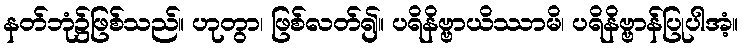
နတ်ဘုံ၌ဖြစ်သည်။ ဟုတွာ၊ ဖြစ်လတ်၍။ ပရိနိဗ္ဗာယိဿာမိ၊ ပရိနိဗ္ဗာန်ပြုပါအံ့။